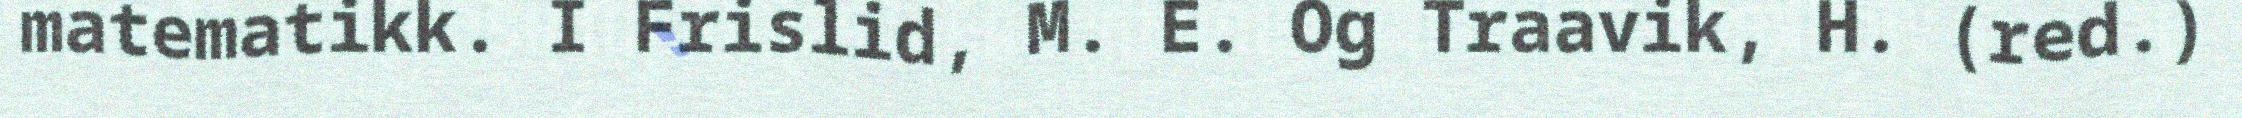
matematikk. I Frislid, M. E. Og Traavik, H. (red.)